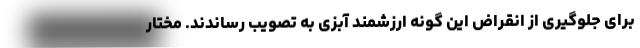
برای جلوگیری از انقراض این گونه ارزشمند آبزی به تصویب رساندند. مختار